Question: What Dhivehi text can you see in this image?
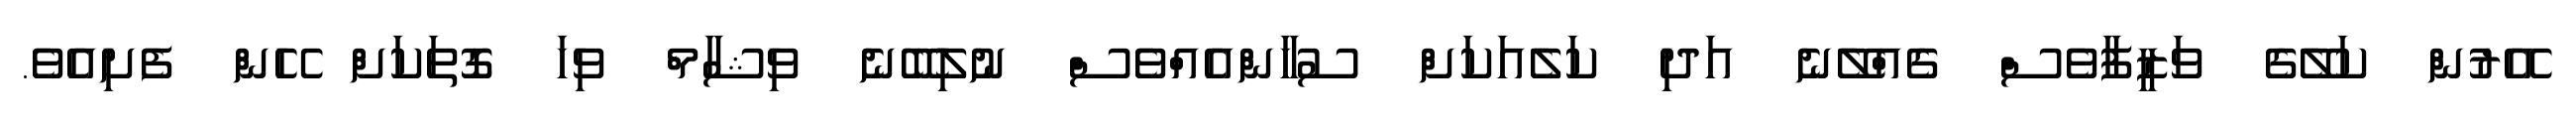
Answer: އޭރުން ކަލޭގެ ވަޒީފާވެސް ގެއްލޭނެ އަދި ކަލެއަކަށް ސުހާންއެއްވެސް ނުލިބޭނެ ވިޝާމް ވިހަ ގޮތަކަށް ހޭން ފެށިއެވެ.